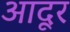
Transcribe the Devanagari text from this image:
आदूर